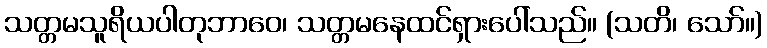
သတ္တမသူရိယပါတုဘာဝေ၊ သတ္တမနေထင်ရှားပေါ်သည်။ (သတိ၊ သော်။)